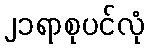
၂၁ရာစုပင်လုံ